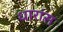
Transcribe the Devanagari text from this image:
धारांस